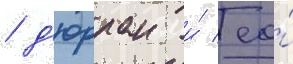
/ д'юрран и́ ео́